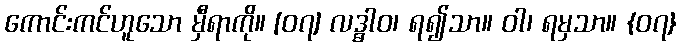
ကောင်းကင်ဟူသော မှီရာကို။ [၀၇] လဒ္ဓါဝ၊ ရ၍သာ။ ဝါ၊ ရမှသာ။ {၀၇}